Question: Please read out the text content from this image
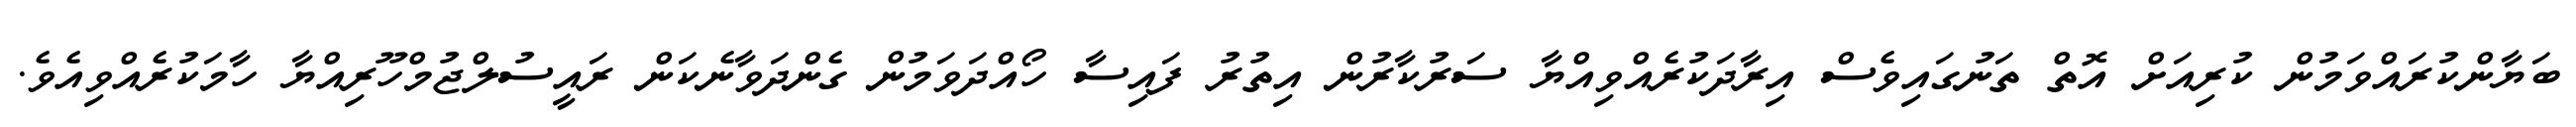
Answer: ބަޔާންކުރައްވަމުން ކުރިއަށް އޮތް ތަނުގައިވެސް އިރާދަކުރެއްވިއްޔާ ސަރުކާރުން އިތުރު ފައިސާ ހޯއްދަވަމުން ގެންދަވާނެކަން ރައީސުލްޖުމްހޫރިއްޔާ ހާމަކުރެއްވިއެވެ.